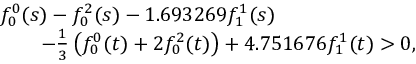
\begin{array} { l } { { f _ { 0 } ^ { 0 } ( s ) - f _ { 0 } ^ { 2 } ( s ) - 1 . 6 9 3 2 6 9 f _ { 1 } ^ { 1 } ( s ) } } \\ { { \qquad - { \frac { 1 } { 3 } } \left( f _ { 0 } ^ { 0 } ( t ) + 2 f _ { 0 } ^ { 2 } ( t ) \right) + 4 . 7 5 1 6 7 6 f _ { 1 } ^ { 1 } ( t ) > 0 , } } \end{array}